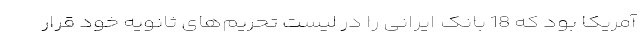
آمریکا بود که 18 بانک ایرانی را در لیست تحریم‌های ثانویه خود قرار